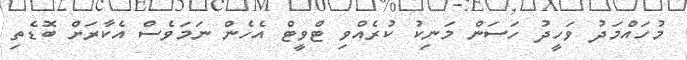
މުހައްމަދު ވަހީދު ހަސަން މަނިކު ކުރެއްވި ޓްވީޓް އެހެން ނަމަވެސް އެކާރަށް ބޮޑެތި